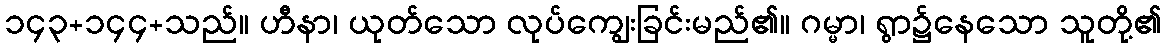
၁၄၃+၁၄၄+သည်။ ဟီနာ၊ ယုတ်သော လုပ်ကျွေးခြင်းမည်၏။ ဂမ္မာ၊ ရွာ၌နေသော သူတို့၏